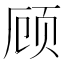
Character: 顾